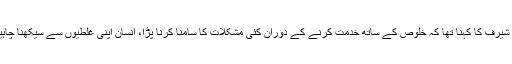
ہائی شیرف کا کہنا تھا کہ خلوص کے ساتھ خدمت کرنے کے دوران کئی مشکلات کا سامنا کرنا پڑا، انسان اپنی غلطیوں سے سیکھنا چاہیئے۔